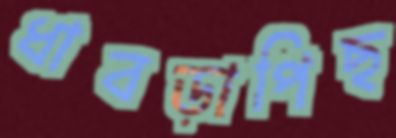
ধাবড়াপিছ